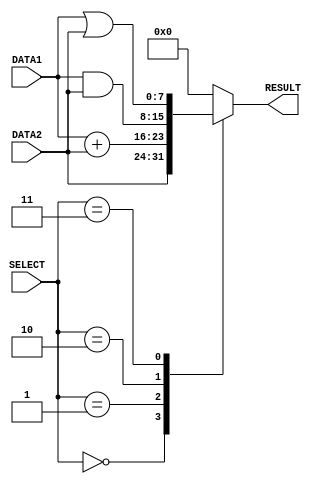


module alu(DATA1, DATA2, SELECT, RESULT);		//verifying the ports in the module ALU
	input [7:0]DATA1;						//declating the inputs with their bit lengths
	input [7:0]DATA2;
	input[2:0]SELECT;						//select signal with 3 bits length
	output reg [7:0]RESULT;					// result is a register type output of 8 bit length

	always @ (SELECT)						// make the sensitivity list, to do the operations accordig to the given SELECT signal
	case (SELECT)							//use case structure to operate on corresponing operations
											// make the selecetor as 'select'
		3'b000:									// 1st case when select = 000
			#1 RESULT = DATA2;							// forward the data2 value to result

		3'b001:									// case 2: select = 001
			#2 RESULT = DATA1 + DATA2;					// addition of data operands

		3'b010:									// case 3: select = 010
			#1 RESULT = DATA1 & DATA2;					// bitwise and operation

		3'b011:									// case 4: select =011
			#1 RESULT = DATA1 | DATA2;					// bit wise or operation

		default:

			RESULT = 8'b00000000;					// set the result to 0 for any other select signals...if the result is not assigned to a number it will take the value of previous result  which is wrong to oupput the result to a any other reserved signal

	endcase
endmodule